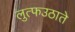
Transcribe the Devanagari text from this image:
लुत्फउठाते